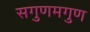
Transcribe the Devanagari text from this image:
सगुणमगुण